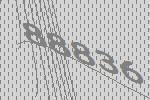
88836